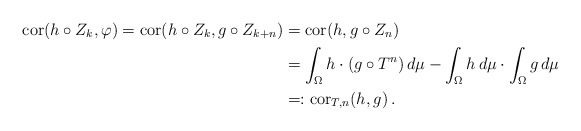
\begin{align*} \mathrm{cor} (h \circ Z_k, \varphi) = \mathrm{cor} (h \circ Z_k, g\circ Z_{k+n}) & = \mathrm{cor} (h , g\circ Z_{n}) \\ & = \int_{\Omega} h \cdot (g \circ T^n) \, d \mu - \int_{\Omega} h \, d \mu \cdot \int_{\Omega} g \, d \mu \\ & = : \mathrm{cor}_{T, n}(h,g)\, .\end{align*}